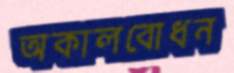
অকালবোধন